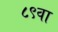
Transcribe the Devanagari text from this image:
८९वा